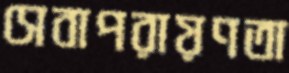
সেবাপরায়ণতা